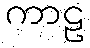
ကာဠ